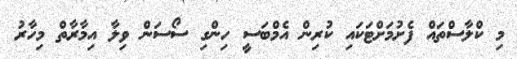
މި ކްލާސްތައް ފެށުމަށްޓަކައި ކުރިން އެމްބަަސީ ހިންގި ސޯސަން ވިލާ އިމާރާތް މިހާރު